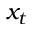
x _ { t }